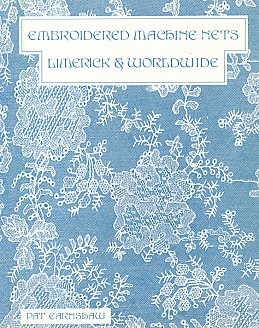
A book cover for Embroidered Machine Nets: Limerick and Worldwide; Pat Earnshaw; Crafts, Hobbies & Home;